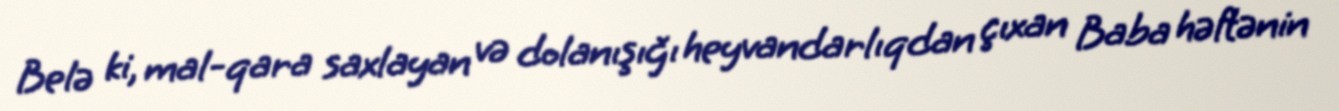
Belə ki, mal-qara saxlayan və dolanışığı heyvandarlıqdan çıxan Baba həftənin